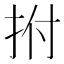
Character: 拊